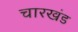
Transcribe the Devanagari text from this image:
चारखंड